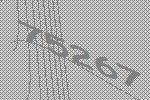
75267